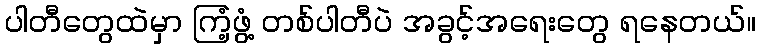
ပါတီတွေထဲမှာ ကြံ့ဖွံ့ တစ်ပါတီပဲ အခွင့်အရေးတွေ ရနေတယ်။